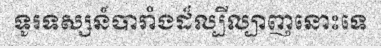
ទូរទស្សន៍បារាំងដ៏ល្បីល្បាញនោះទេ